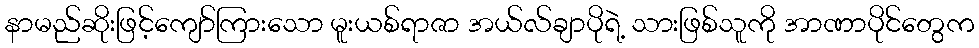
နာမည်ဆိုးဖြင့်ကျော်ကြားသော မူးယစ်ရာဇာ အယ်လ်ချာပိုရဲ့ သားဖြစ်သူကို အာဏာပိုင်တွေက